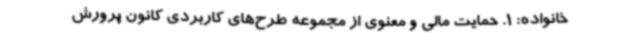
خانواده: 1. حمایت مالی و معنوی از مجموعه طرح‌های کاربردی کانون پرورش